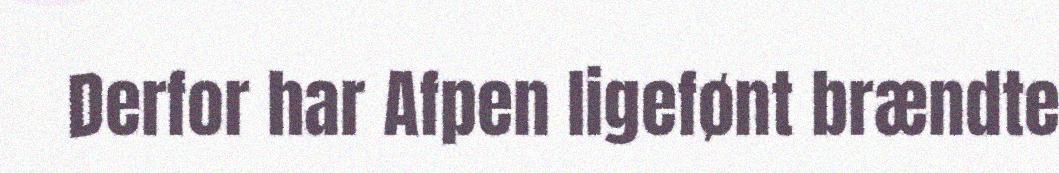
Derfor har Afpen ligefønt brændte